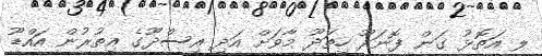
ލ އަތޮޅު ގަން ފޮނަދޫ ހިތަދޫ މާވަށް އަދި އިސްދޫގެ އިތުރުން އައްޑޫ